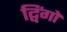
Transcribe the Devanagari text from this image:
ट्विंगो